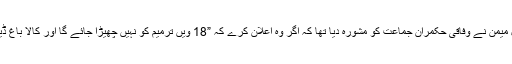
جس طرح سے سہیل میمن نے وفاقی حکمران جماعت کو مشورہ دیا تھا کہ اگر وہ اعلان کرے کہ ”18 ویں ترمیم کو نہیں چھیڑا جائے گا اور کالا باغ ڈیم نہیں بنایا جائے گا۔